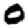
Digit: 0